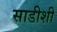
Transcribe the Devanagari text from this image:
साडीशी